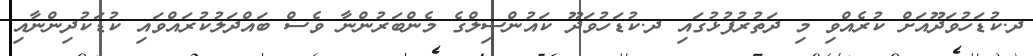
ދ.ކުޑަހުވަދޫއަށް ކުރެއްވި މި ދަތުރުފުޅުގައި ދ.ކުޑަހުވަދޫ ކައުންސިލްގެ މެންބަރުންނާ ވެސް ބައްދަލުކުރައްވައި ކުޑަކުދިންނާއި